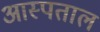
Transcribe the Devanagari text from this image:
आस्पताल